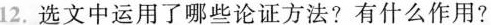
12.选文中运用了哪些论证方法?有什么作用?